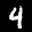
Label: 4